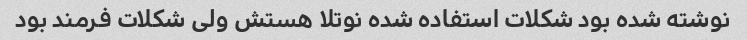
نوشته شده بود شکلات استفاده شده نوتلا هستش ولی شکلات فرمند بود